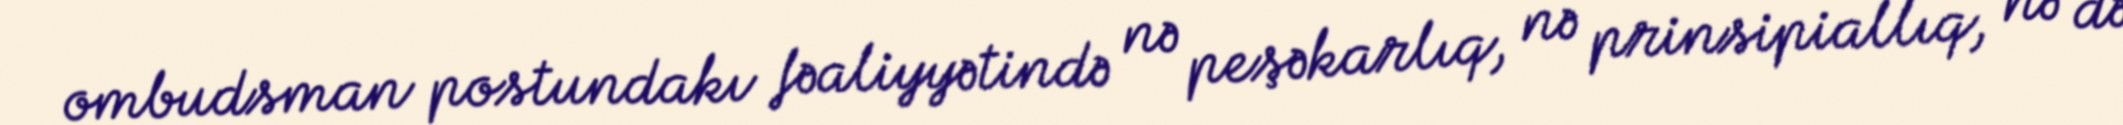
ombudsman postundakı fəaliyyətində nə peşəkarlıq, nə prinsipiallıq, nə də